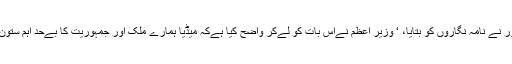
راٹھور نے نامہ نگاروں کو بتایا، ‘ وزیر اعظم نےاس بات کو لےکر واضح کیا ہےکہ میڈیا ہمارے ملک اور جمہوریت کا بےحد اہم ستون ہے۔